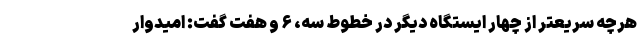
هرچه سریعتر از چهار ایستگاه دیگر در خطوط سه، ۶ و هفت گفت: امیدوار